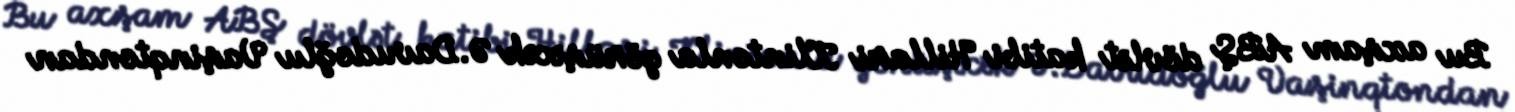
Bu axşam ABŞ dövlət katibi Hillari Klintonla görüşəcək Ə.Davudoğlu Vaşinqtondan